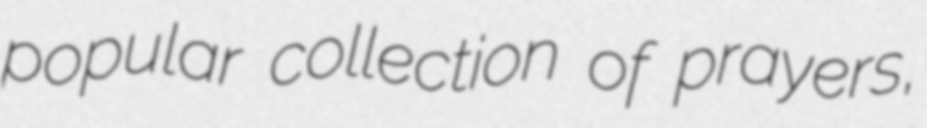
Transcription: popular collection of prayers,